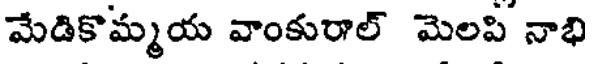
మేడికొమ్మయ వాంకురాల్ మెలపి నాభి